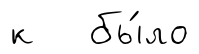
к бы́ло